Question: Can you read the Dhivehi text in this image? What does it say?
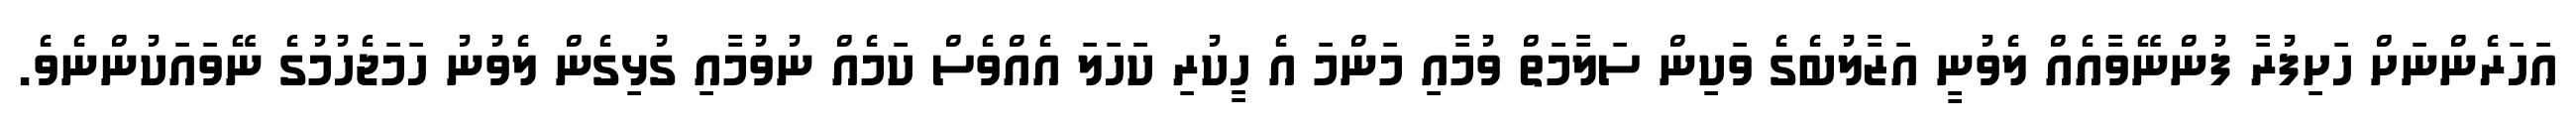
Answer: އަހަރެންނަށް ހަށިފުރާ ފުންނޭވާއެއް ލެވުނީ އަޒާލުބެގެ ވަކިން ސަލާމަތް ވުމާއި މަންމަ އެ ހީކުރި ކަހަލަ އެއްވެސް ކަމެއް ނުވުމާއި ގުޅިގެން ލެވުނު ހަމަޖެހުމުގެ ނޭވައަކުންނެވެ.